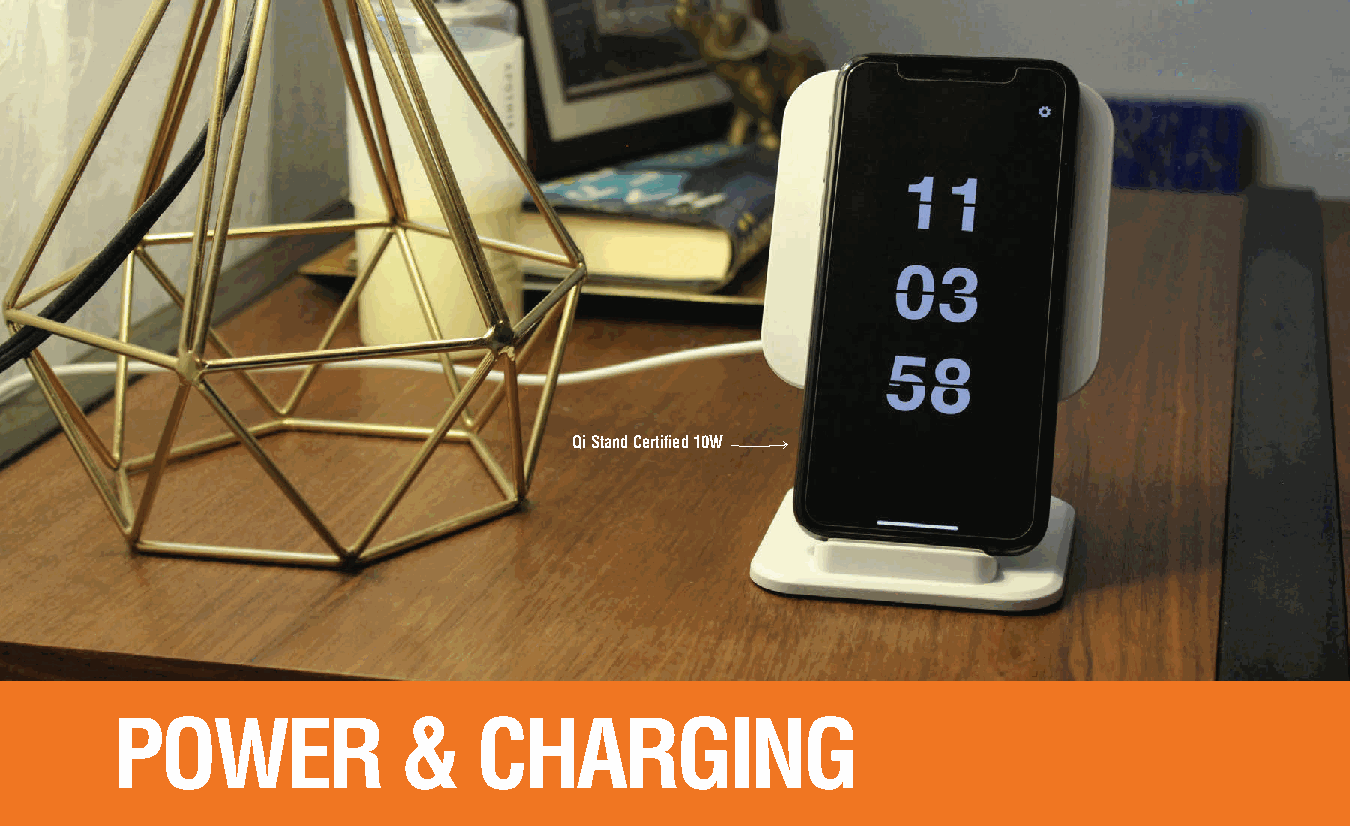
Qi Stand Certified 10W
 POWER              &     CHARGING